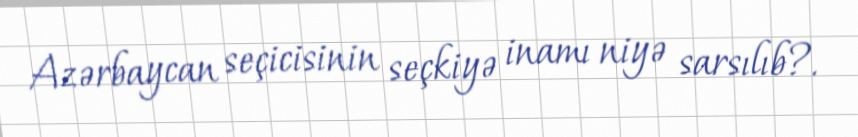
Azərbaycan seçicisinin seçkiyə inamı niyə sarsılıb?.